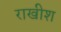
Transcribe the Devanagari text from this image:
राखीश